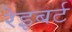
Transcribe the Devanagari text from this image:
रेइबर्ट